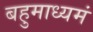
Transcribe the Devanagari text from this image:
बहुमाध्‍यमं